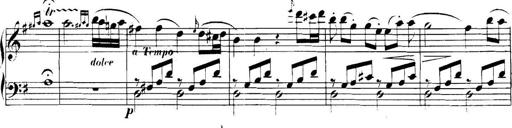
Title: Collected Piano Sonatas
Composer: Muzio Clementi